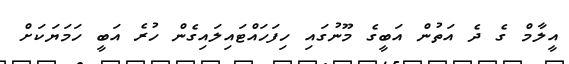
އީލާމް ގެ ދެ އަތުން އަބީގެ މޫނުގައި ހިފަހައްޓައިލައިގެން ހުރެ އަބީ ހަމަޔަކަށް